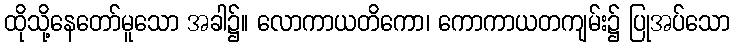
ထိုသို့နေတော်မူသော အခါ၌။ လောကာယတိကော၊ ကောကာယတကျမ်း၌ ပြုအပ်သော